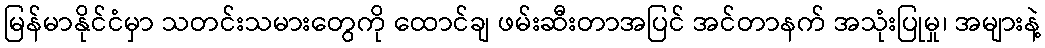
မြန်မာနိုင်ငံမှာ သတင်းသမားတွေကို ထောင်ချ ဖမ်းဆီးတာအပြင် အင်တာနက် အသုံးပြုမှု၊ အများနဲ့